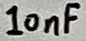
Text: 10nF